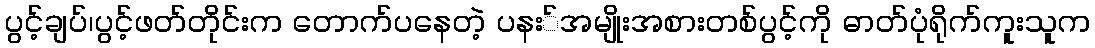
ပွင့်ချပ်၊ပွင့်ဖတ်တိုင်းက တောက်ပနေတဲ့ ပနး်အမျိုးအစားတစ်ပွင့်ကို ဓာတ်ပုံရိုက်ကူးသူက